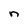
Character: n